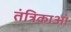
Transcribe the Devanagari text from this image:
तंत्रिकाआं